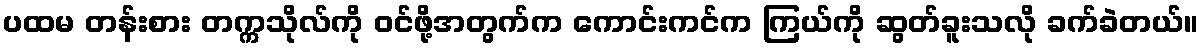
ပထမ တန်းစား တက္ကသိုလ်ကို ဝင်ဖို့အတွက်က ကောင်းကင်က ကြယ်ကို ဆွတ်ခူးသလို ခက်ခဲတယ်။